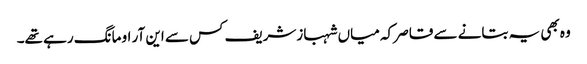
وہ بھی یہ بتانے سے قاصر کہ میاں شہبازشریف کس سے این آر او مانگ رہے تھے۔